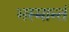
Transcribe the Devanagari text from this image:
भस्मान्तं